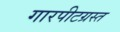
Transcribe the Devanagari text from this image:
गारपीटग्रस्त